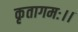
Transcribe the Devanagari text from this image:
कृतागमः।।